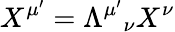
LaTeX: X^{\mu^{\prime}}=\Lambda^{\mu^{\prime}}{}_{\nu}X^{\nu}